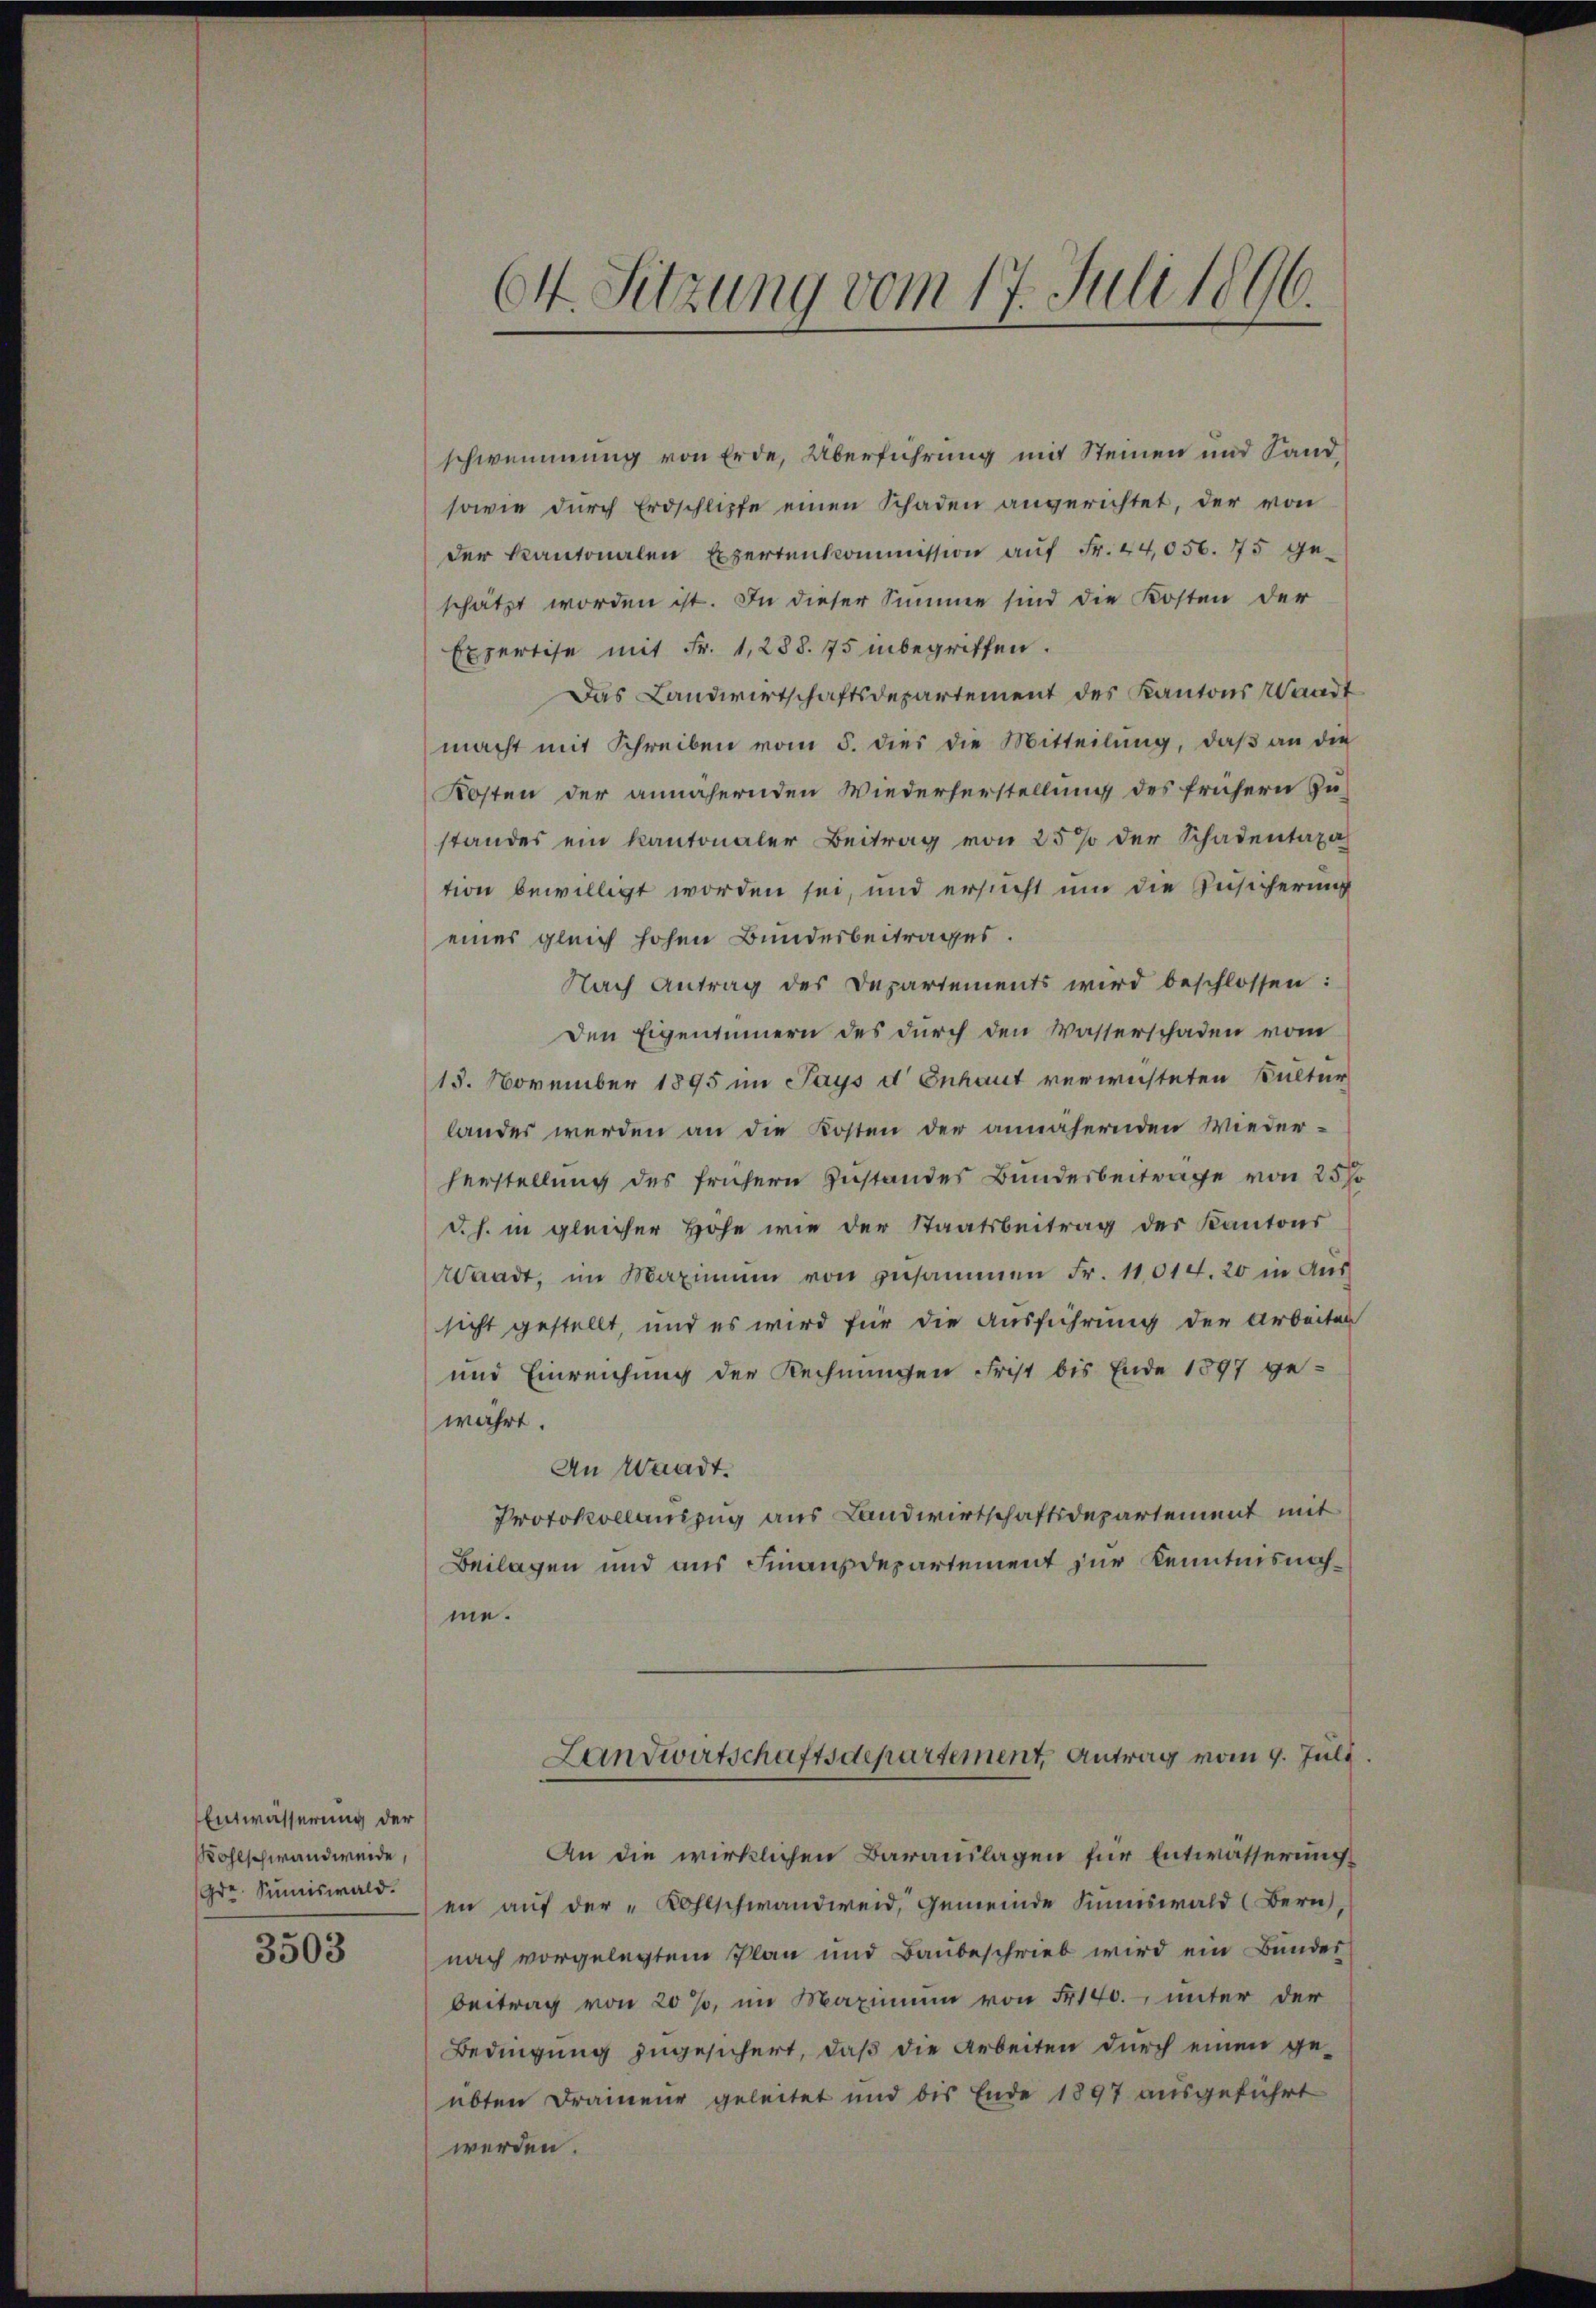
Entwässerung der
Wohlschwandweide,
Gre Summiswald.

3503

schwemmung von Erde, Überführung mit Steinen und Land¬
sowie durch Erdschlipfe einen Schaden angerichtet, der von
der Kantonalen Expertenkommission aŭf Fr. 44,056. 775 ge-
schätzt worden ist. In dieser Summe sind die Kosten der
Expertise mit Fr. 1288. 75 inbegriffen.
Das Landwirtschaftsdepartement des Kantons Waadt
macht mit Schreiben vom 5. dies die Mitteilŭng, daβ an die
Kosten der annähernden Wiederherstellung des frühern Zu-
standes ein Kantonaler Beitrag von 25 % der Schadentaxa
tion bewilligt worden sei, und ersucht um die Zusicherung
eines gleich hohen Bundesbeitrages.
Nach Antrag des Departements wird beschlossen:
den Eigentümern des durch den Wasserschaden vom
15. November 1895 im Pays d Enhaut verwichteten Kultur
lander werden an die Kosten der annähernden Wieder-
herstellung des frühern Zustandes Bundesbeitrage von 25 J
d.h. in gleicher Höhe wie der Staatsbeitrag des Kantons
Waadt, im Maximum von zusammen Fr. 11014. 20 in Aussicht gestellt, und es wird für die Ausführung der Arbeiten
und Einreichung der Rechnungen Frist bis Ende 1897 ge-
wahrt.
An Waadt.
Protokollauszug aus Landwirtschaftsdepartement mit
Beilagen und aus Finanzdepartement zur Kenntnisnahme.

64. Sitzung vom 17. Juli 1896.

Landwirtschaftsdepartement, Antrag vom 9. Juli.

An die wirklichen Barauslagen für Entwässerung
en auf der Kohlschwandweid, Gemeinde Summiswald (Bern,
nach vorgelegtem Plan und Baubeschrieb wird ein Bundes
beitrag von 20 %, im Maximum von 140. unter der
Bedingung zugesichert, daß die Arbeiten durch einen geübten Drainen geleitet und bis Ende 1897 ausgeführt
werden.